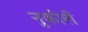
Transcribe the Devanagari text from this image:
नुकीलें